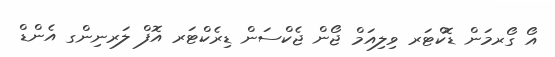
އޯ ގޯރމަން ޑޮކްޓަރ ވިލިއަމް ޖޯން ޖެކްސަން ޑިރެކްޓަރ އޮފް ލަރނިންގ އެންޑް